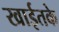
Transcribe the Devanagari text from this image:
खाईतके